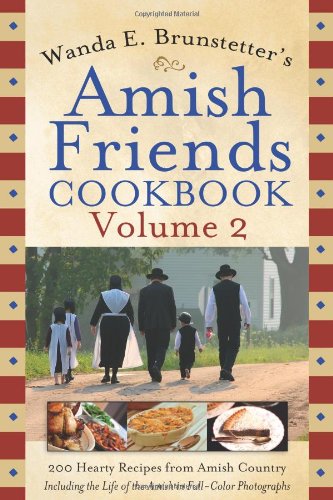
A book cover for Wanda E. Brunstetter's Amish Friends Cookbook Volume 2; Wanda E. Brunstetter; Christian Books & Bibles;